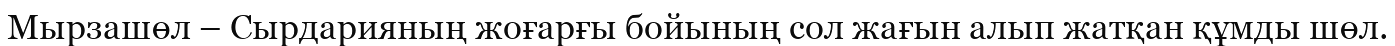
Мырзашөл – Сырдарияның жоғарғы бойының сол жағын алып жатқан құмды шөл.